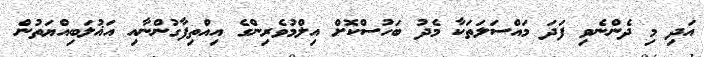
އަދި މި ދެންނެވި ފަދަ މައްސަލަތަކާ މެދު ބަހުސްކޮށް އިލްމުވެރިންގެ އިއްތިފާގުންނާއި އަޣުލަބިއްޔަތުން